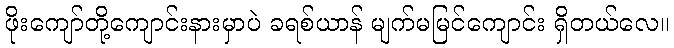
ဖိုးကျော်တို့ကျောင်းနားမှာပဲ ခရစ်ယာန် မျက်မမြင်ကျောင်း ရှိတယ်လေ။